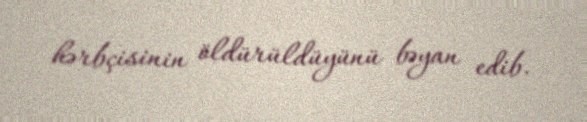
hərbçisinin öldürüldüyünü bəyan edib.